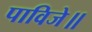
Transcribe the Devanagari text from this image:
पाविजे॥